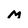
Character: m